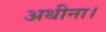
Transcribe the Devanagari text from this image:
अथीना।